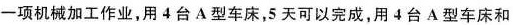
一项机械加工作业，用4台A型车床，5天可以完成，用4台A型车床和